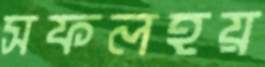
সফলহয়